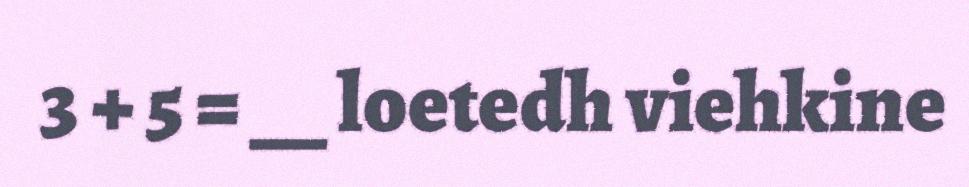
3 + 5 = __ loetedh viehkine